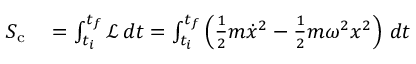
\begin{array} { r l } { S _ { \mathrm { c } } } & { { } = \int _ { t _ { i } } ^ { t _ { f } } { \mathcal { L } } \, d t = \int _ { t _ { i } } ^ { t _ { f } } \left( { \frac { 1 } { 2 } } m { \dot { x } } ^ { 2 } - { \frac { 1 } { 2 } } m \omega ^ { 2 } x ^ { 2 } \right) \, d t } \end{array}